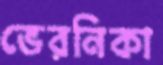
ভেরনিকা